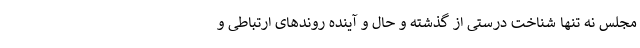
مجلس نه تنها شناخت درستی از گذشته و حال و آینده روندهای ارتباطی و